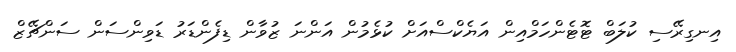
އިނގިރޭސި ކުލަބް ޓޮޓެންހަމްއިން އަޔެކްސްއަށް ކުޅެމުން އަންނަ ޒުވާން ޑިފެންޑަރު ޑަވިންސަން ސަންޗޭޒް